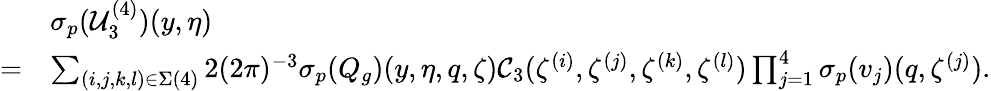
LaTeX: \begin{array}{rl}&{{{\sigma_{p}}}(\mathcal{U}_{3}^{(4)})(y,\eta)}\\ {=}&{\sum_{(i,j,k,l)\in\Sigma(4)}2(2\pi)^{-3}{{\sigma_{p}}}(Q_{g})(y,\eta,q,\zeta)\mathcal{C}_{3}(\zeta^{(i)},\zeta^{(j)},\zeta^{(k)},\zeta^{(l)})\prod_{j=1}^{4}{{\sigma_{p}}}(v_{j})(q,\zeta^{(j)}).}\end{array}